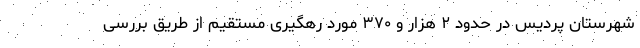
شهرستان پردیس در حدود ۲ هزار و ۳۷۰ مورد رهگیری مستقیم از طریق بررسی